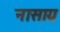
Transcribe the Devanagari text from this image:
नासाग्र